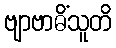
ဗျာဗာဓိံသူတိ